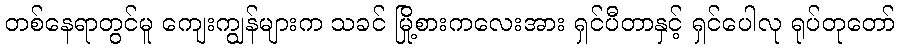
တစ်နေရာတွင်မူ ကျေးကျွန်များက သခင် မြို့စားကလေးအား ရှင်ပီတာနှင့် ရှင်ပေါလု ရုပ်တုတော်